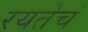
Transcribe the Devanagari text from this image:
रयतेचं